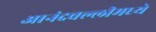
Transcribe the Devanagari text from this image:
आनंदवल्लीमध्ये